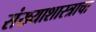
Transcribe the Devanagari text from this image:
संख्याशास्त्राचा